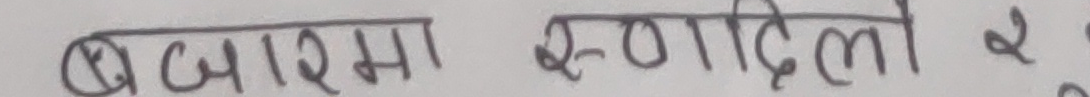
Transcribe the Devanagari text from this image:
बजारमा स्वादिलो र